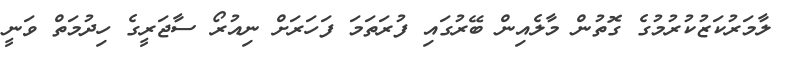
ލާމަރުކަޒުކުރުމުގެ ގޮތުން މާލެއިން ބޭރުގައި ފުރަތަމަ ފަހަރަށް ނިއުރޯ ސާޖަރީގެ ހިދުމަތް ވަނީ